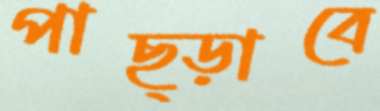
পাছ্‌ড়াবে